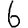
Digit: 6